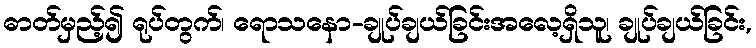
ဓာတ်မှည့်၍ ရုပ်တွက်၊ ရောသနော-ချုပ်ချယ်ခြင်းအလေ့ရှိသူ၊ ချုပ်ချယ်ခြင်း,